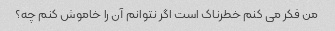
من فکر می کنم خطرناک است اگر نتوانم آن را خاموش کنم چه؟